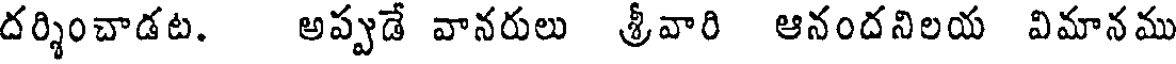
దర్శించాడట. అప్పుడే వానరులు శ్రీవారి ఆనందనిలయ విమానము